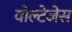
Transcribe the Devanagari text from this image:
वोल्टेजेस